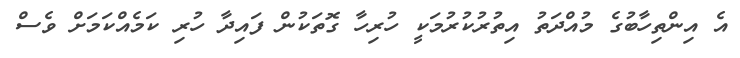
އެ އިންތިހާބުގެ މުއްދަތު އިތުރުކުރުމަކީ ހުރިހާ ގޮތަކުން ފައިދާ ހުރި ކަމެއްކަމަށް ވެސް